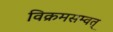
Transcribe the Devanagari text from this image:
विक्रमसम्वत्